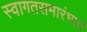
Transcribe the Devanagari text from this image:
स्वागतसमारंभात